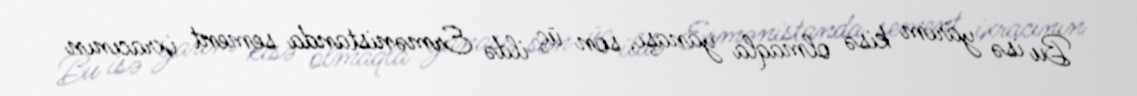
Bu isə yarım kisə olmaqla yanaşı, son üç ildə Ermənistanda sement ixracının